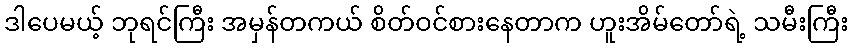
ဒါပေမယ့် ဘုရင်ကြီး အမှန်တကယ် စိတ်ဝင်စားနေတာက ဟူးအိမ်တော်ရဲ့ သမီးကြီး